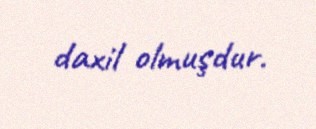
daxil olmuşdur.